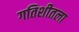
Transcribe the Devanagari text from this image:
गतिशीतला